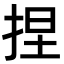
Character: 捏